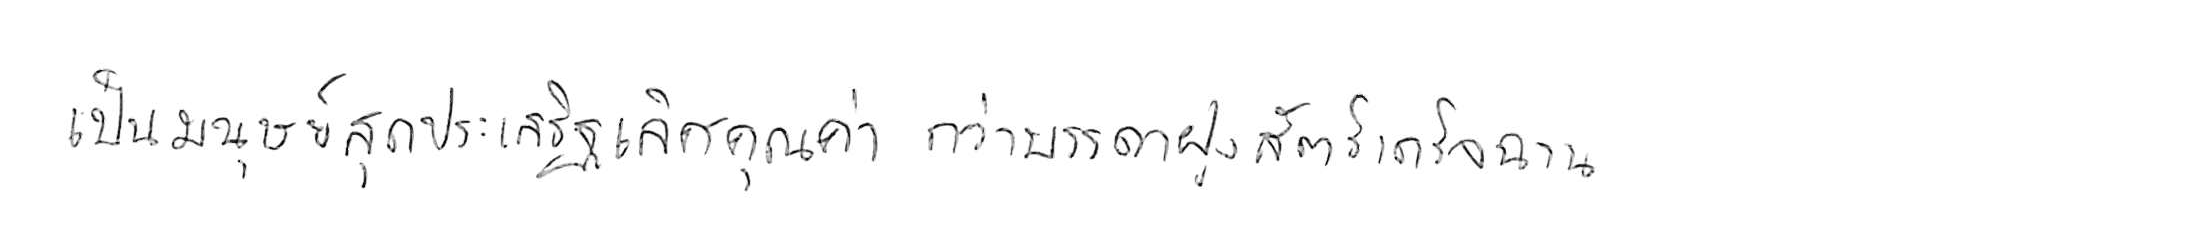
เป็นมนุษย์สุดประเสริฐเลิศคุณค่า กว่าบรรดาฝูงสัตว์เดรัจฉาน